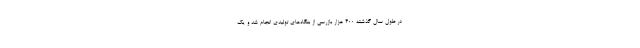
در طول سال گذشته ۴۰۰ هزار بازرسی از بنگاه‌های تولیدی انجام شد و یک